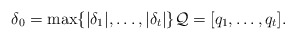
\begin{align*}\delta_0 = \max \{ |\delta_1|, \dots , |\delta_t| \} \mathcal{Q}=[ q_1,\dots , q_t ].\end{align*}